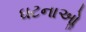
ઘટનાઓૢ